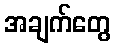
အချက်တွေ